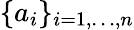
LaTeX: \{ a_{i}\} _{i=1,\ldots,n}